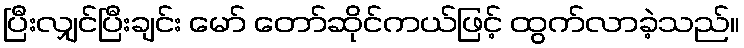
ပြီးလျှင်ပြီးချင်း မော် တော်ဆိုင်ကယ်ဖြင့် ထွက်လာခဲ့သည်။